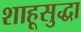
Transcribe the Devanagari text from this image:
शाहूसुद्धा